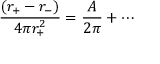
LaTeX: \frac { ( r _ { + } - r _ { - } ) } { 4 \pi r _ { + } ^ { 2 } } = \frac { A } { 2 \pi } + \cdots